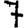
Digit: 7